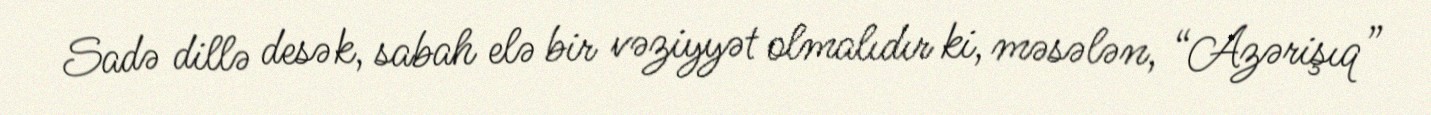
Sadə dillə desək, sabah elə bir vəziyyət olmalıdır ki, məsələn, “Azərişıq”